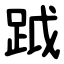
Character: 䟠